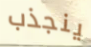
ينجذب